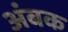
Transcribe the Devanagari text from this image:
अंबक